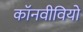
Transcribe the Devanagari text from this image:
कॉनवीवियो